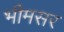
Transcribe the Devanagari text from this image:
भीमसर